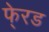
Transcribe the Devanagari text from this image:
फे्रड